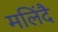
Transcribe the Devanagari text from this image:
मलिंदै